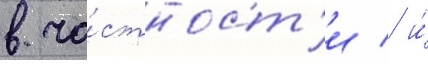
в ча́стност'и / и́